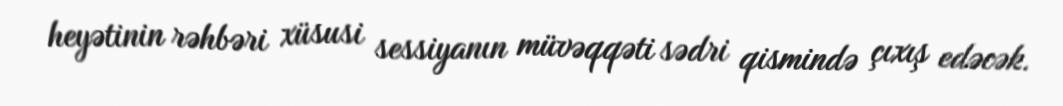
heyətinin rəhbəri xüsusi sessiyanın müvəqqəti sədri qismində çıxış edəcək.